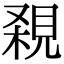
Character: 𧠸